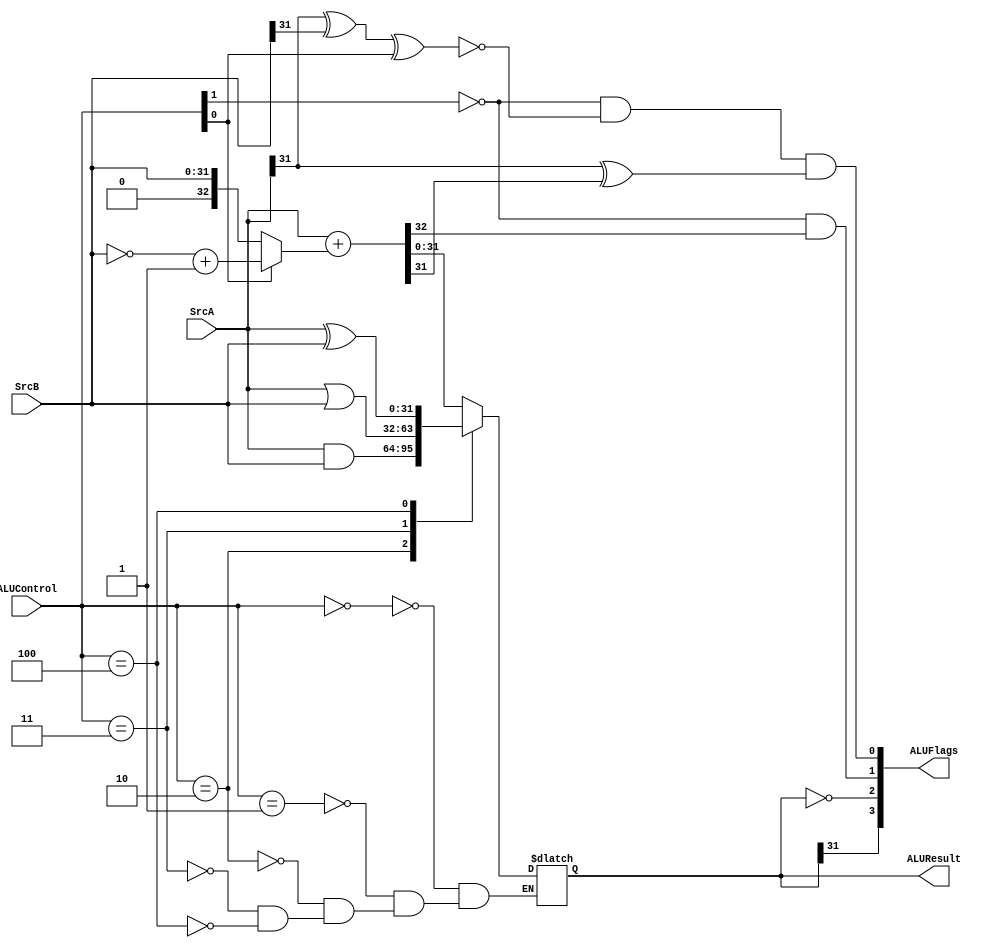
module alu(SrcA,SrcB,ALUControl,ALUResult,ALUFlags);
//Input and outputs
input [31:0] SrcA,SrcB;
input [2:0] ALUControl;
output wire [3:0] ALUFlags;
output reg [31:0] ALUResult; //Resultado de 8 bits, 1 bit para el signo y los 4 bits para la suma de los numeros

//Wire and reg
wire  neg,zero,carry,overflow;
wire [32:0] sum; //Un bit adicional para el overflow

assign sum = SrcA + (ALUControl[0] ? (~SrcB+1): SrcB ); 

always @(*)
begin
    case(ALUControl)
        3'b000: ALUResult  = sum;
        3'b001: ALUResult  = sum;
        3'b010: ALUResult = SrcA&SrcB;
        3'b011: ALUResult = SrcA | SrcB;
        3'b100: ALUResult = SrcA ^ SrcB;
    endcase
end

assign neg      = ALUResult[31];
assign zero     = ALUResult == 0;
assign carry    = ~ALUControl[1] & sum[32];
assign overflow = ~ALUControl[1] & ~(SrcA[31] ^ SrcB[31] ^ ALUControl[0]) & (SrcA[31] ^ sum[31]);

assign ALUFlags = {neg, zero, carry, overflow};

endmodule

module testbench;
	reg clk;
	reg reset;
	wire [31:0] WriteData;
	wire [31:0] DataAdr;
	wire MemWrite;
	top dut(
		.clk(clk),
		.reset(reset),
		.WriteData(WriteData),
		.DataAdr(DataAdr),
		.MemWrite(MemWrite)
	);
	initial begin
		reset <= 1;
		#(22)
			;
		reset <= 0;
	end
	always begin
		clk <= 1;
		#(5)
			;
		clk <= 0;
		#(5)
			;
	end
	always @(negedge clk)
		if (MemWrite)
			if ((DataAdr === 100) & (WriteData === 7)) begin
				$display("Simulation succeeded123");
				$stop;
			end
			else if (DataAdr !== 96) begin
				$display("Simulation failed");
				$stop;
			end
            initial begin
                $dumpfile("waveform.vcd");
                $dumpvars;
            end
endmodule

module whichbyte(offset,data,dataout);
input [1:0] offset;
input [31:0] data;
output [31:0] dataout;

assign dataout[7:0] = (offset == 0 ? data[7:0] : 
                    offset == 1 ? data[15:8]:
                    offset == 2 ? data[23:16]: data[31:24]);
assign dataout[31:8] = 0;

endmodule

module top (
	clk,
	reset,
	WriteData,
	DataAdr,
	MemWrite
);
	input wire clk;
	input wire reset;
	output wire [31:0] WriteData;
	output wire [31:0] DataAdr;
	output wire MemWrite;
	wire [31:0] PC;
	wire [31:0] Instr;
	wire [31:0] ReadData;
	arm arm(
		.clk(clk),
		.reset(reset),
		.PC(PC),
		.Instr(Instr),
		.MemWrite(MemWrite),
		.ALUResult(DataAdr),
		.WriteData(WriteData),
		.ReadData(ReadData)
	);
	imem imem(
		.a(PC),
		.rd(Instr)
	);
	dmem dmem(
		.clk(clk),
		.we(MemWrite),
		.a(DataAdr),
		.wd(WriteData),
		.rd(ReadData)
	);
endmodule

module dmem (
	clk,
	we,
	a,
	wd,
	rd
);
	input wire clk;
	input wire we;
	input wire [31:0] a;
    input wire [31:0] wd;
	output wire [31:0] rd; //Aca tengo que enviar el byte que me pide la instruccion
	reg [31:0] RAM [63:0];
    //module whichbyte(offset,data,dataout);
	assign rd[7:0] = (a[22] ? RAM[a[7:0]]:RAM[a[7:0]]);
	assign rd[31:8] = (a[22] ? 0:RAM[a[31:8]]);

	always @(posedge clk)
		if (we)
			RAM[a[31:2]] <= wd;
endmodule

module imem (
	a,
	rd
);
	input wire [31:0] a;
	output wire [31:0] rd;
	reg [31:0] RAM [63:0];
	initial $readmemh("memfile2.dat", RAM);
	assign rd = RAM[a[31:2]];
endmodule

module arm (
	clk,
	reset,
	PC,
	Instr,
	MemWrite,
	ALUResult,
	WriteData,
	ReadData
);
	input wire clk;
	input wire reset;
	output wire [31:0] PC;
	input wire [31:0] Instr;
	output wire MemWrite;
	output wire [31:0] ALUResult;
	output wire [31:0] WriteData;
	input wire [31:0] ReadData;
	wire [3:0] ALUFlags;
	wire RegWrite;
	wire ALUSrc;
	wire MemtoReg;
	wire PCSrc;
	wire [1:0] RegSrc;
	wire [1:0] ImmSrc;
	wire [2:0] ALUControl;
	controller c(
		.clk(clk),
		.reset(reset),
		.Instr(Instr[31:12]),
		.ALUFlags(ALUFlags),
		.RegSrc(RegSrc),
		.RegWrite(RegWrite),
		.ImmSrc(ImmSrc),
		.ALUSrc(ALUSrc),
		.ALUControl(ALUControl),
		.MemWrite(MemWrite),
		.MemtoReg(MemtoReg),
		.PCSrc(PCSrc)
	);
	datapath dp(
		.clk(clk),
		.reset(reset),
		.RegSrc(RegSrc),
		.RegWrite(RegWrite),
		.ImmSrc(ImmSrc),
		.ALUSrc(ALUSrc),
		.ALUControl(ALUControl),
		.MemtoReg(MemtoReg),
		.PCSrc(PCSrc),
		.ALUFlags(ALUFlags),
		.PC(PC),
		.Instr(Instr),
		.ALUResult(ALUResult),
		.WriteData(WriteData),
		.ReadData(ReadData)
	);
endmodule

module controller (
	clk,
	reset,
	Instr,
	ALUFlags,
	RegSrc,
	RegWrite,
	ImmSrc,
	ALUSrc,
	ALUControl,
	MemWrite,
	MemtoReg,
	PCSrc
);
	input wire clk;
	input wire reset;
	input wire [31:12] Instr;
	input wire [3:0] ALUFlags;
	output wire [1:0] RegSrc;
	output wire RegWrite;
	output wire [1:0] ImmSrc;
	output wire ALUSrc;
	output wire [2:0] ALUControl;
	output wire MemWrite;
	output wire MemtoReg;
	output wire PCSrc;
	wire [1:0] FlagW;
	wire PCS;
	wire RegW;
	wire MemW;
	decode dec(
		.Op(Instr[27:26]),
		.Funct(Instr[25:20]),
		.Rd(Instr[15:12]),
		.FlagW(FlagW),
		.PCS(PCS),
		.RegW(RegW),
		.MemW(MemW),
		.MemtoReg(MemtoReg),
		.ALUSrc(ALUSrc),
		.ImmSrc(ImmSrc),
		.RegSrc(RegSrc),
		.ALUControl(ALUControl)
	);
	condlogic cl(
		.clk(clk),
		.reset(reset),
		.Cond(Instr[31:28]),
		.ALUFlags(ALUFlags),
		.FlagW(FlagW),
		.PCS(PCS),
		.RegW(RegW),
		.MemW(MemW),
		.PCSrc(PCSrc),
		.RegWrite(RegWrite),
		.MemWrite(MemWrite)
	);
endmodule

module decode (
	Op,
	Funct,
	Rd,
	FlagW,
	PCS,
	RegW,
	MemW,
	MemtoReg,
	ALUSrc,
	ImmSrc,
	RegSrc,
	ALUControl
);
	input wire [1:0] Op;
	input wire [5:0] Funct;
	input wire [3:0] Rd;
	output reg [1:0] FlagW;
	output wire PCS;
	output wire RegW;
	output wire MemW;
	output wire MemtoReg;
	output wire ALUSrc;
	output wire [1:0] ImmSrc;
	output wire [1:0] RegSrc;
	output reg [2:0] ALUControl;
	reg [9:0] controls;
	wire Branch;
	wire ALUOp;
	always @(*)
		casex (Op)
			2'b00:
				if (Funct[5])
					controls = 10'b0000101001;
				else
					controls = 10'b0000001001;
			2'b01:
				if (Funct[0])
					controls = 10'b0001111000;
				else
					controls = 10'b1001110100;
			2'b10: controls = 10'b0110100010;
			default: controls = 10'bxxxxxxxxxx;
		endcase
	assign {RegSrc, ImmSrc, ALUSrc, MemtoReg, RegW, MemW, Branch, ALUOp} = controls;
	always @(*)
		if (ALUOp) begin
			case (Funct[4:1])
				4'b0100: ALUControl = 3'b000;
				4'b0010: ALUControl = 3'b001;
				4'b0000: ALUControl = 3'b010;
				4'b1100: ALUControl = 3'b011;
                4'b0001: ALUControl = 3'b100;
				default: ALUControl = 3'bxxx;
			endcase
			FlagW[1] = Funct[0];
			FlagW[0] = Funct[0] & ((ALUControl == 3'b000) | (ALUControl == 3'b001));
		end
		else begin
			ALUControl = 3'b000;
			FlagW = 2'b00;
		end
	assign PCS = ((Rd == 4'b1111) & RegW) | Branch;
endmodule

module condlogic (
	clk,
	reset,
	Cond,
	ALUFlags,
	FlagW,
	PCS,
	RegW,
	MemW,
	PCSrc,
	RegWrite,
	MemWrite
);
	input wire clk;
	input wire reset;
	input wire [3:0] Cond;
	input wire [3:0] ALUFlags;
	input wire [1:0] FlagW;
	input wire PCS;
	input wire RegW;
	input wire MemW;
	output wire PCSrc;
	output wire RegWrite;
	output wire MemWrite;
	wire [1:0] FlagWrite;
	wire [3:0] Flags;
	wire CondEx;
	flopenr #(2) flagreg1(
		.clk(clk),
		.reset(reset),
		.en(FlagWrite[1]),
		.d(ALUFlags[3:2]),
		.q(Flags[3:2])
	);
	flopenr #(2) flagreg0(
		.clk(clk),
		.reset(reset),
		.en(FlagWrite[0]),
		.d(ALUFlags[1:0]),
		.q(Flags[1:0])
	);
	condcheck cc(
		.Cond(Cond),
		.Flags(Flags),
		.CondEx(CondEx)
	);
	assign FlagWrite = FlagW & {2 {CondEx}};
	assign RegWrite = RegW & CondEx;
	assign MemWrite = MemW & CondEx;
	assign PCSrc = PCS & CondEx;
endmodule

module condcheck (
	Cond,
	Flags,
	CondEx
);
	input wire [3:0] Cond;
	input wire [3:0] Flags;
	output reg CondEx;
	wire neg;
	wire zero;
	wire carry;
	wire overflow;
	wire ge;
	assign {neg, zero, carry, overflow} = Flags;
	assign ge = neg == overflow;
	always @(*)
		case (Cond)
			4'b0000: CondEx = zero;
			4'b0001: CondEx = ~zero;
			4'b0010: CondEx = carry;
			4'b0011: CondEx = ~carry;
			4'b0100: CondEx = neg;
			4'b0101: CondEx = ~neg;
			4'b0110: CondEx = overflow;
			4'b0111: CondEx = ~overflow;
			4'b1000: CondEx = carry & ~zero;
			4'b1001: CondEx = ~(carry & ~zero);
			4'b1010: CondEx = ge;
			4'b1011: CondEx = ~ge;
			4'b1100: CondEx = ~zero & ge;
			4'b1101: CondEx = ~(~zero & ge);
			4'b1110: CondEx = 1'b1;
			default: CondEx = 1'bx;
		endcase
endmodule

module datapath (
	clk,
	reset,
	RegSrc,
	RegWrite,
	ImmSrc,
	ALUSrc,
	ALUControl,
	MemtoReg,
	PCSrc,
	ALUFlags,
	PC,
	Instr,
	ALUResult,
	WriteData,
	ReadData
);
	input wire clk;
	input wire reset;
	input wire [1:0] RegSrc;
	input wire RegWrite;
	input wire [1:0] ImmSrc;
	input wire ALUSrc;
	input wire [2:0] ALUControl;
	input wire MemtoReg;
	input wire PCSrc;
	output wire [3:0] ALUFlags;
	output wire [31:0] PC;
	input wire [31:0] Instr;
	output wire [31:0] ALUResult;
	output wire [31:0] WriteData;
	input wire [31:0] ReadData;
	wire [31:0] PCNext;
	wire [31:0] PCPlus4;
	wire [31:0] PCPlus8;
	wire [31:0] ExtImm;
	wire [31:0] SrcA;
	wire [31:0] SrcB;
	wire [31:0] Result;
	wire [3:0] RA1;
	wire [3:0] RA2;
	mux2 #(32) pcmux(
		.d0(PCPlus4),
		.d1(Result),
		.s(PCSrc),
		.y(PCNext)
	);
	flopr #(32) pcreg(
		.clk(clk),
		.reset(reset),
		.d(PCNext),
		.q(PC)
	);
	adder #(32) pcadd1(
		.a(PC),
		.b(32'b100),
		.y(PCPlus4)
	);
	adder #(32) pcadd2(
		.a(PCPlus4),
		.b(32'b100),
		.y(PCPlus8)
	);
	mux2 #(4) ra1mux(
		.d0(Instr[19:16]),
		.d1(4'b1111),
		.s(RegSrc[0]),
		.y(RA1)
	);
	mux2 #(4) ra2mux(
		.d0(Instr[3:0]),
		.d1(Instr[15:12]),
		.s(RegSrc[1]),
		.y(RA2)
	);
	regfile rf(
		.clk(clk),
		.we3(RegWrite),
		.ra1(RA1),
		.ra2(RA2),
		.wa3(Instr[15:12]),
		.wd3(Result),
		.r15(PCPlus8),
		.rd1(SrcA),
		.rd2(WriteData)
	);
	mux2 #(32) resmux(
		.d0(ALUResult),
		.d1(ReadData),
		.s(MemtoReg),
		.y(Result)
	);
	extend ext(
		.Instr(Instr[23:0]),
		.ImmSrc(ImmSrc),
		.ExtImm(ExtImm)
	);
	mux2 #(32) srcbmux(
		.d0(WriteData),
		.d1(ExtImm),
		.s(ALUSrc),
		.y(SrcB)
	);
	alu alu(
		SrcA,
		SrcB,
		ALUControl,
		ALUResult,
		ALUFlags
	);
endmodule

module regfile (
	clk,
	we3,
	ra1,
	ra2,
	wa3,
	wd3,
	r15,
	rd1,
	rd2
);
	input wire clk;
	input wire we3;
	input wire [3:0] ra1;
	input wire [3:0] ra2;
	input wire [3:0] wa3;
	input wire [31:0] wd3;
	input wire [31:0] r15;
	output wire [31:0] rd1;
	output wire [31:0] rd2;
	reg [31:0] rf [14:0];
	always @(posedge clk)
		if (we3)
			rf[wa3] <= wd3;
	assign rd1 = (ra1 == 4'b1111 ? r15 : rf[ra1]);
	assign rd2 = (ra2 == 4'b1111 ? r15 : rf[ra2]);
endmodule

module extend (
	Instr,
	ImmSrc,
	ExtImm
);
	input wire [23:0] Instr;
	input wire [1:0] ImmSrc;
	output reg [31:0] ExtImm;
	always @(*)
		case (ImmSrc)
			2'b00: ExtImm = {24'b000000000000000000000000, Instr[7:0]};
			2'b01: ExtImm = {20'b00000000000000000000, Instr[11:0]};
			2'b10: ExtImm = {{6 {Instr[23]}}, Instr[23:0], 2'b00};
			default: ExtImm = 32'bxxxxxxxxxxxxxxxxxxxxxxxxxxxxxxxx;
		endcase
endmodule

module adder (
	a,
	b,
	y
);
	parameter WIDTH = 8;
	input wire [WIDTH - 1:0] a;
	input wire [WIDTH - 1:0] b;
	output wire [WIDTH - 1:0] y;
	assign y = a + b;
endmodule

module flopenr (
	clk,
	reset,
	en,
	d,
	q
);
	parameter WIDTH = 8;
	input wire clk;
	input wire reset;
	input wire en;
	input wire [WIDTH - 1:0] d;
	output reg [WIDTH - 1:0] q;
	always @(posedge clk or posedge reset)
		if (reset)
			q <= 0;
		else if (en)
			q <= d;
endmodule

module flopr (
	clk,
	reset,
	d,
	q
);
	parameter WIDTH = 8;
	input wire clk;
	input wire reset;
	input wire [WIDTH - 1:0] d;
	output reg [WIDTH - 1:0] q;
	always @(posedge clk or posedge reset)
		if (reset)
			q <= 0;
		else
			q <= d;
endmodule

module mux2 (
	d0,
	d1,
	s,
	y
);
	parameter WIDTH = 8;
	input wire [WIDTH - 1:0] d0;
	input wire [WIDTH - 1:0] d1;
	input wire s;
	output wire [WIDTH - 1:0] y;
	assign y = (s ? d1 : d0);
endmodule